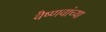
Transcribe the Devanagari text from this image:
वैष्णवांच्या